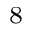
_ 8